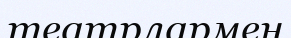
театрлармен